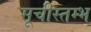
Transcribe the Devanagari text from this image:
सूचीस्तम्भ